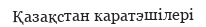
Қазақстан каратэшілері